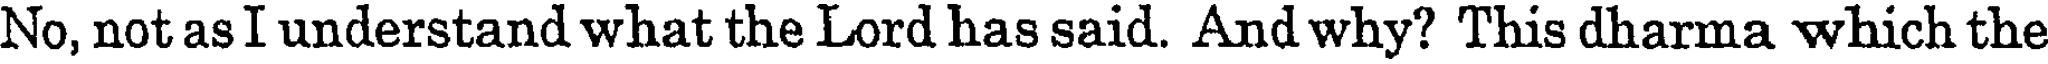
No, not as I understand what the Lord has said. And why? This dharma which the